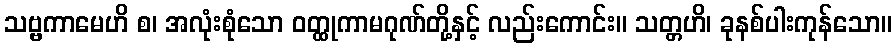
သဗ္ဗကာမေဟိ စ၊ အလုံးစုံသော ဝတ္ထုကာမဂုဏ်တို့နှင့် လည်းကောင်း။ သတ္တဟိ၊ ခုနစ်ပါးကုန်သော။